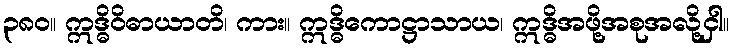
၃၈၀။ ဣဒ္ဓိဝိဓာယာတိ၊ ကား။ ဣဒ္ဓိကောဋ္ဌာသာယ၊ ဣဒ္ဓိအဖို့အစုအလို့ငှါ။